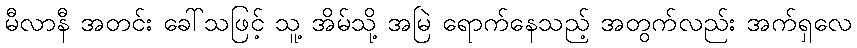
မီလာနီ အတင်း ခေါ်သဖြင့် သူ့ အိမ်သို့ အမြဲ ရောက်နေသည့် အတွက်လည်း အက်ရှလေ